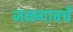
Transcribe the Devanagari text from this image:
जळगावचें